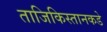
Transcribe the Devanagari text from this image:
ताजिकिस्तानकडे